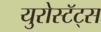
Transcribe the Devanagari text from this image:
युरोस्टॅट्स